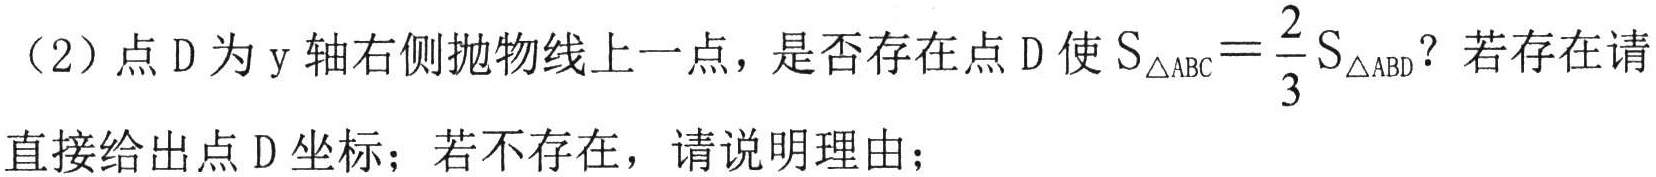
（2）点D为y轴右侧抛物线上一点，是否存在点D使\(S_{\triangle ABC}=\frac{2}{3}S_{\triangle ABD}\)？若存在请
直接给出点D坐标；若不存在，请说明理由；